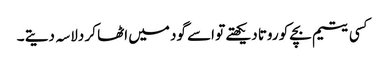
کسی یتیم بچے کو روتا دیکھتے تو اسے گود میں اٹھا کر دلاسہ دیتے ۔